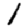
Digit: 1